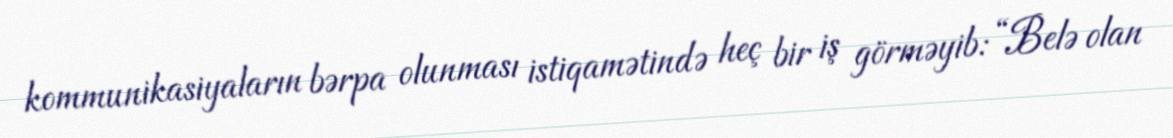
kommunikasiyaların bərpa olunması istiqamətində heç bir iş görməyib: “Belə olan